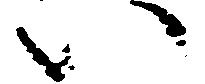
い